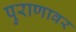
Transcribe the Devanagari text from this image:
पुराणावर